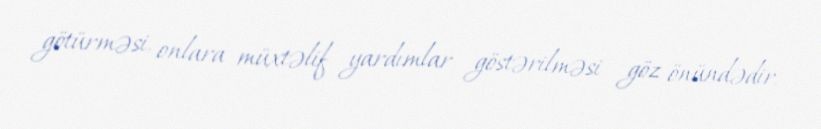
götürməsi, onlara müxtəlif yardımlar göstərilməsi göz önündədir.